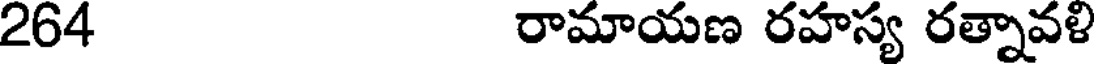
264 రామాయణ రహస్య రత్నావళి